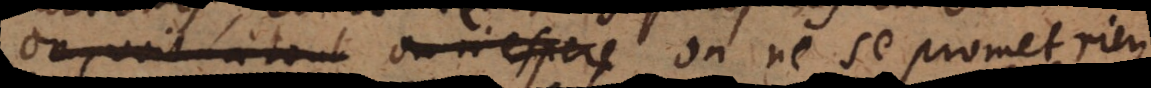
On voit à tout On n’espere On ne se promet rien